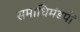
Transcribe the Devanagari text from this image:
समाधिमंडपों